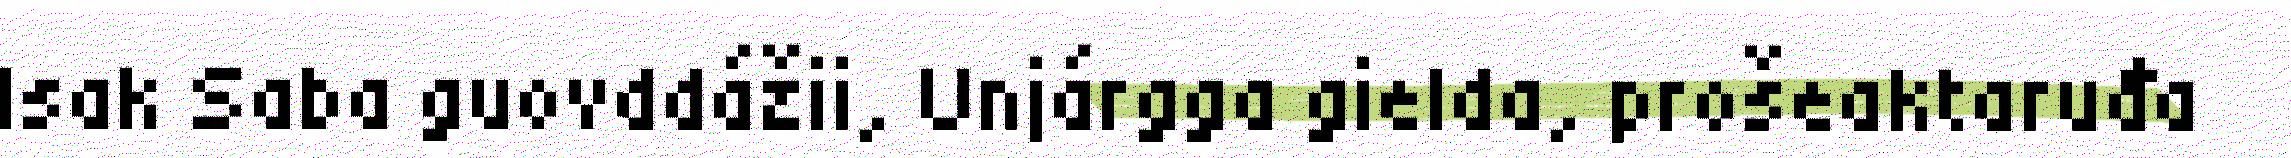
Isak Saba guovddážii, Unjárgga gielda, prošeaktaruđa